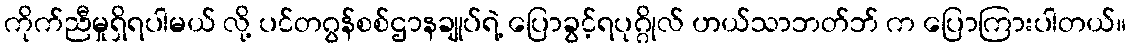
ကိုက်ညီမှုရှိရပါမယ် လို့ ပင်တဂွန်စစ်ဌာနချုပ်ရဲ့ ပြောခွင့်ရပုဂ္ဂိုလ် ဟယ်သာဘတ်ဘ် က ပြောကြားပါတယ်။